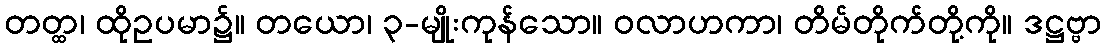
တတ္ထ၊ ထိုဥပမာ၌။ တယော၊ ၃-မျိုးကုန်သော။ ဝလာဟကာ၊ တိမ်တိုက်တို့ကို။ ဒဋ္ဌဗ္ဗာ